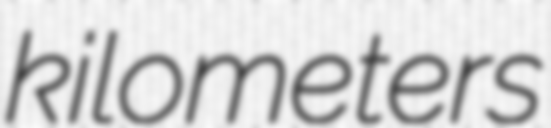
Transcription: kilometers